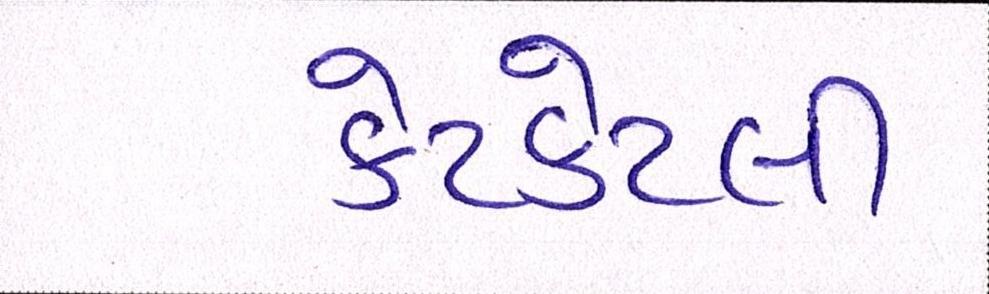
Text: કેટકેટલી